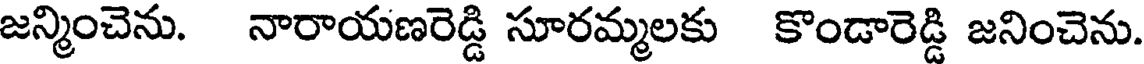
జన్మించెను. నారాయణరెడ్డి సూరమ్మలకు కొండారెడ్డి జనించెను.